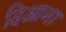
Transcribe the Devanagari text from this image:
दिआना